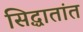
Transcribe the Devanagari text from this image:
सिद्धातांत